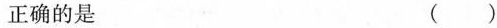
正确的是 ( )